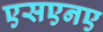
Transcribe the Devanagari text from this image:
एसएनए